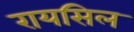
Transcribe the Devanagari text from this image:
रायसिल